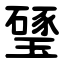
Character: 㻹